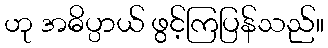
ဟု အဓိပ္ပာယ် ဖွင့်ကြပြန်သည်။